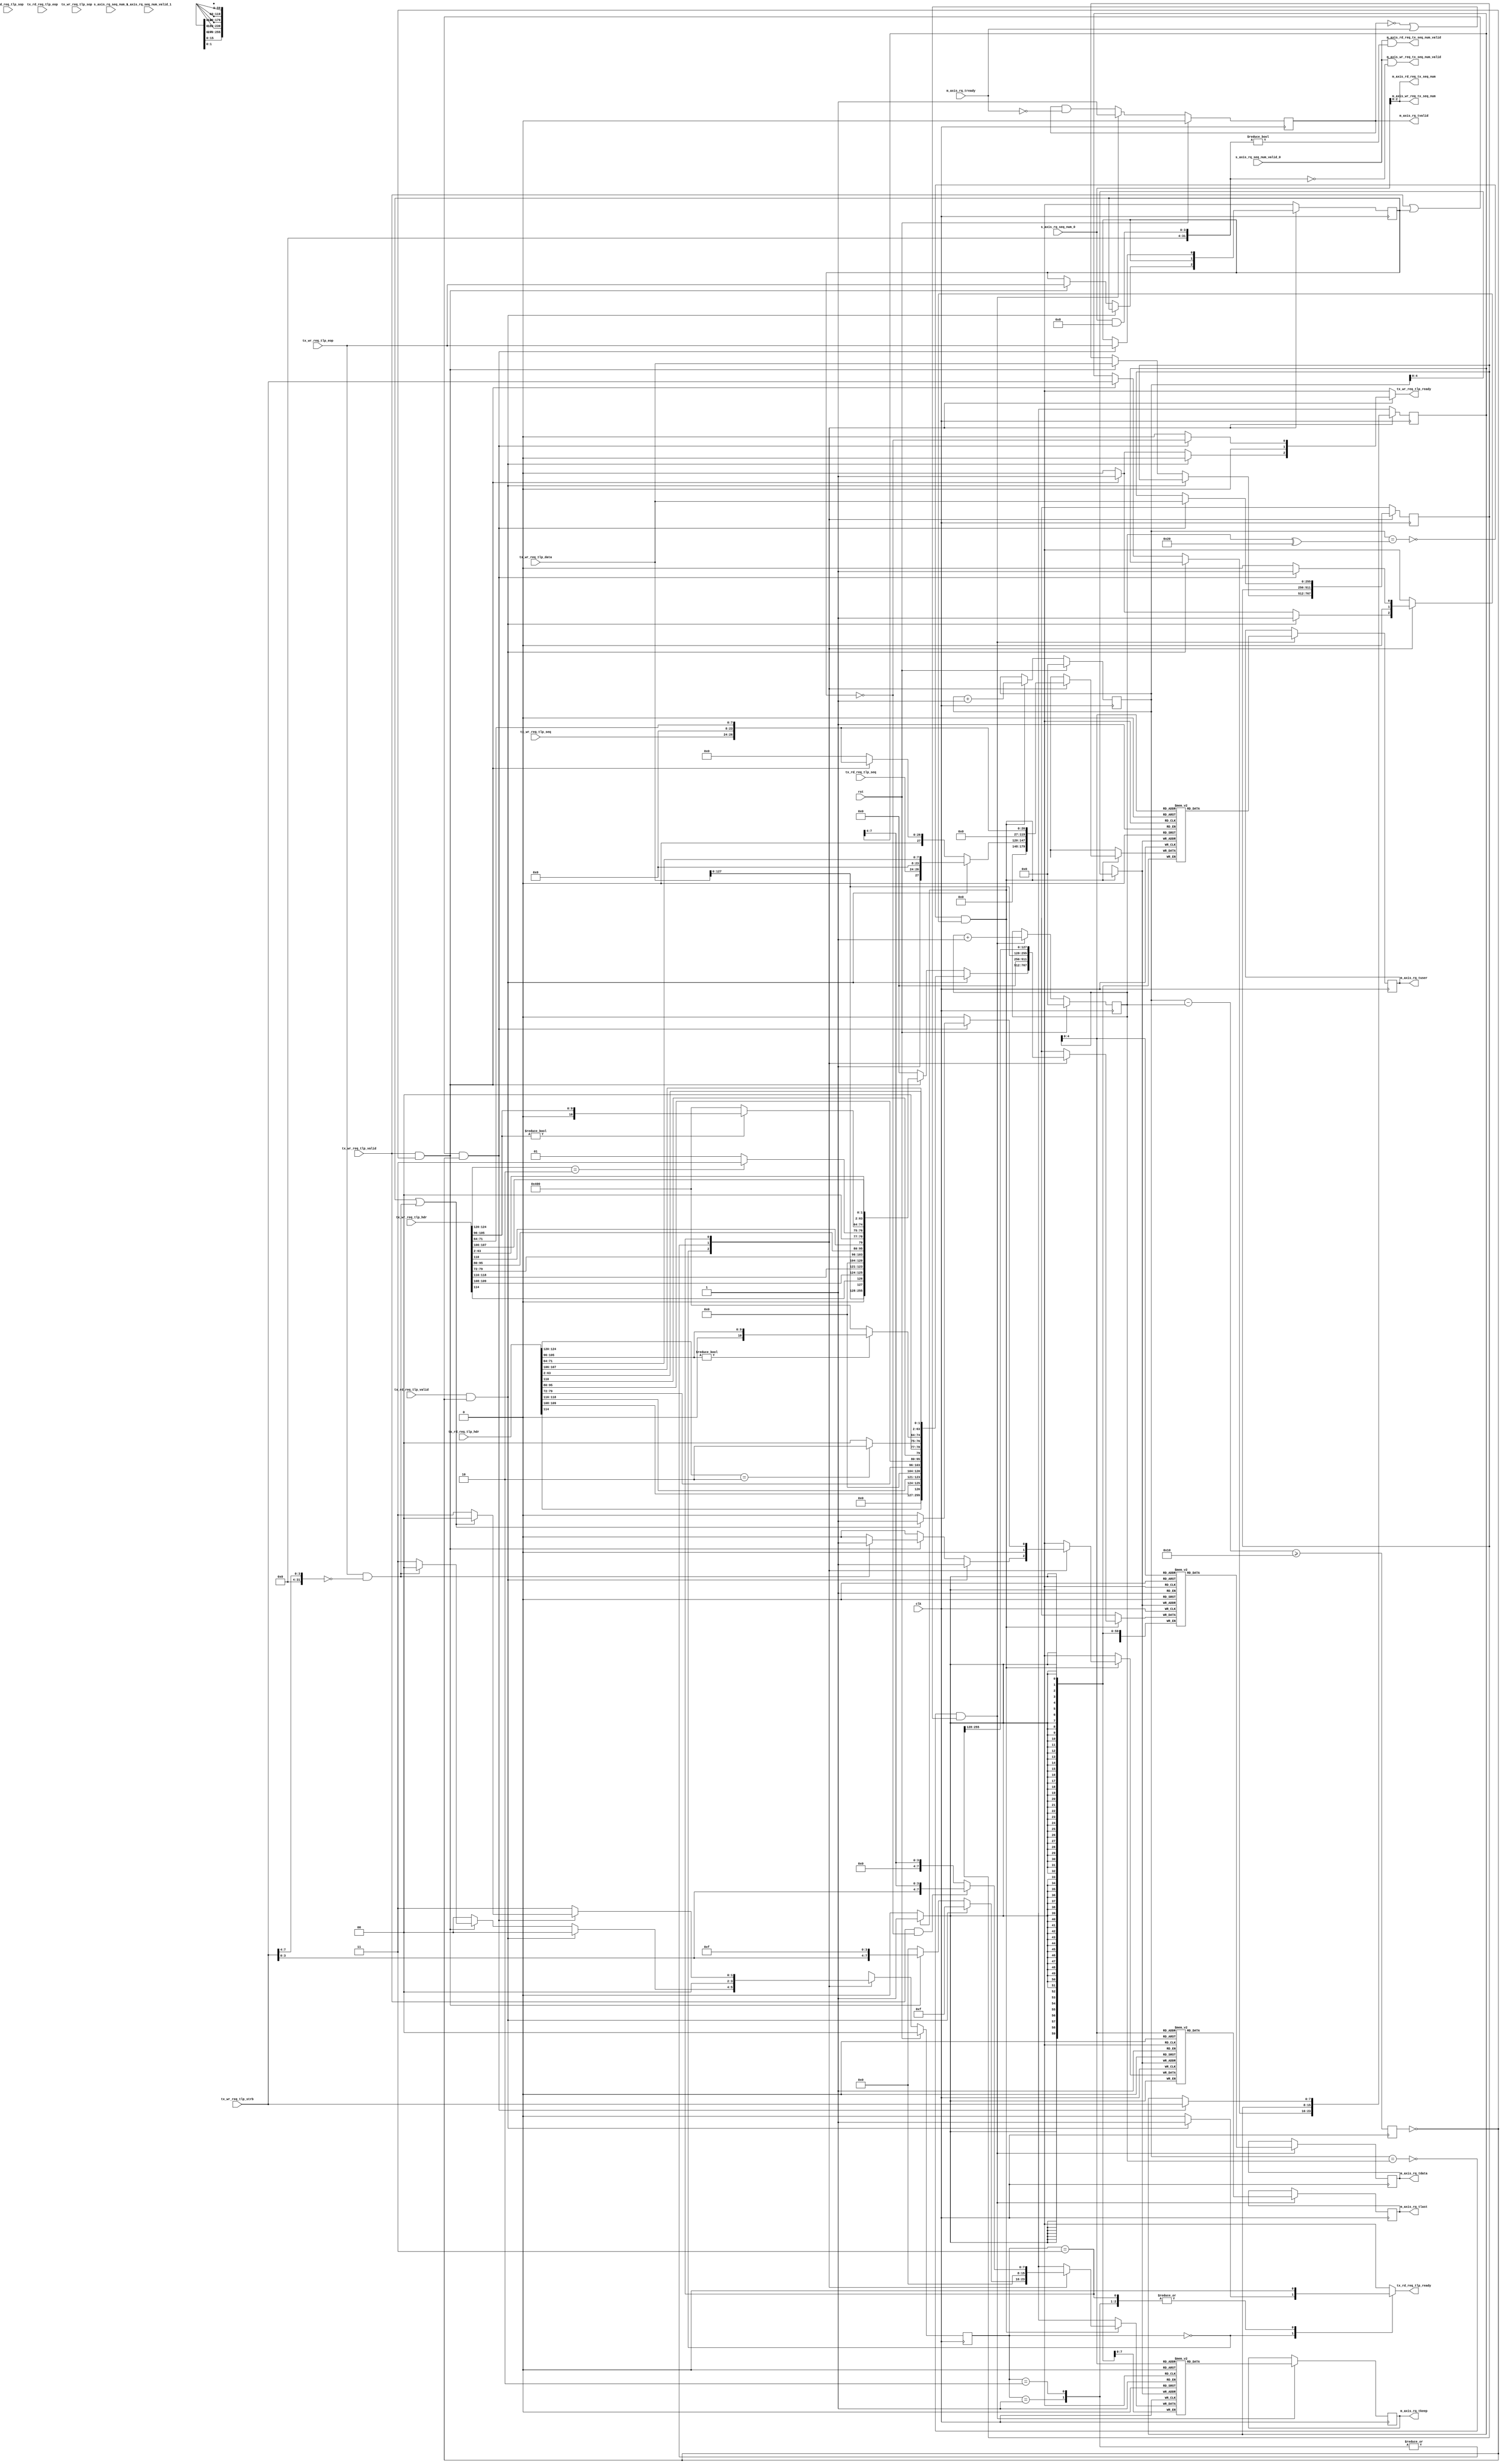
/*

Copyright (c) 2021 Alex Forencich

Permission is hereby granted, free of charge, to any person obtaining a copy
of this software and associated documentation files (the "Software"), to deal
in the Software without restriction, including without limitation the rights
to use, copy, modify, merge, publish, distribute, sublicense, and/or sell
copies of the Software, and to permit persons to whom the Software is
furnished to do so, subject to the following conditions:

The above copyright notice and this permission notice shall be included in
all copies or substantial portions of the Software.

THE SOFTWARE IS PROVIDED "AS IS", WITHOUT WARRANTY OF ANY KIND, EXPRESS OR
IMPLIED, INCLUDING BUT NOT LIMITED TO THE WARRANTIES OF MERCHANTABILITY
FITNESS FOR A PARTICULAR PURPOSE AND NONINFRINGEMENT. IN NO EVENT SHALL THE
AUTHORS OR COPYRIGHT HOLDERS BE LIABLE FOR ANY CLAIM, DAMAGES OR OTHER
LIABILITY, WHETHER IN AN ACTION OF CONTRACT, TORT OR OTHERWISE, ARISING FROM,
OUT OF OR IN CONNECTION WITH THE SOFTWARE OR THE USE OR OTHER DEALINGS IN
THE SOFTWARE.

*/

// Language: Verilog 2001

`resetall
`timescale 1ns / 1ps
`default_nettype none

/*
 * Xilinx UltraScale PCIe interface adapter (Requester reQuest)
 */
module pcie_us_if_rq #
(
    // Width of PCIe AXI stream interfaces in bits
    parameter AXIS_PCIE_DATA_WIDTH = 256,
    // PCIe AXI stream tkeep signal width (words per cycle)
    parameter AXIS_PCIE_KEEP_WIDTH = (AXIS_PCIE_DATA_WIDTH/32),
    // PCIe AXI stream RQ tuser signal width
    parameter AXIS_PCIE_RQ_USER_WIDTH = AXIS_PCIE_DATA_WIDTH < 512 ? 60 : 137,
    // RQ sequence number width
    parameter RQ_SEQ_NUM_WIDTH = AXIS_PCIE_RQ_USER_WIDTH == 60 ? 4 : 6,
    // TLP segment count
    parameter TLP_SEG_COUNT = 1,
    // TLP segment data width
    parameter TLP_SEG_DATA_WIDTH = AXIS_PCIE_DATA_WIDTH/TLP_SEG_COUNT,
    // TLP segment strobe width
    parameter TLP_SEG_STRB_WIDTH = TLP_SEG_DATA_WIDTH/32,
    // TLP segment header width
    parameter TLP_SEG_HDR_WIDTH = 128,
    // TX sequence number count
    parameter TX_SEQ_NUM_COUNT = AXIS_PCIE_DATA_WIDTH < 512 ? 1 : 2,
    // TX sequence number width
    parameter TX_SEQ_NUM_WIDTH = RQ_SEQ_NUM_WIDTH-1
)
(
    input  wire                                          clk,
    input  wire                                          rst,

    /*
     * AXI output (RQ)
     */
    output wire [AXIS_PCIE_DATA_WIDTH-1:0]               m_axis_rq_tdata,
    output wire [AXIS_PCIE_KEEP_WIDTH-1:0]               m_axis_rq_tkeep,
    output wire                                          m_axis_rq_tvalid,
    input  wire                                          m_axis_rq_tready,
    output wire                                          m_axis_rq_tlast,
    output wire [AXIS_PCIE_RQ_USER_WIDTH-1:0]            m_axis_rq_tuser,

    /*
     * Transmit sequence number input
     */
    input  wire [RQ_SEQ_NUM_WIDTH-1:0]                   s_axis_rq_seq_num_0,
    input  wire                                          s_axis_rq_seq_num_valid_0,
    input  wire [RQ_SEQ_NUM_WIDTH-1:0]                   s_axis_rq_seq_num_1,
    input  wire                                          s_axis_rq_seq_num_valid_1,

    /*
     * TLP input (read request from DMA)
     */
    input  wire [TLP_SEG_COUNT*TLP_SEG_HDR_WIDTH-1:0]    tx_rd_req_tlp_hdr,
    input  wire [TLP_SEG_COUNT*TX_SEQ_NUM_WIDTH-1:0]     tx_rd_req_tlp_seq,
    input  wire [TLP_SEG_COUNT-1:0]                      tx_rd_req_tlp_valid,
    input  wire [TLP_SEG_COUNT-1:0]                      tx_rd_req_tlp_sop,
    input  wire [TLP_SEG_COUNT-1:0]                      tx_rd_req_tlp_eop,
    output wire                                          tx_rd_req_tlp_ready,

    /*
     * Transmit sequence number output (DMA read request)
     */
    output wire [TX_SEQ_NUM_COUNT*TX_SEQ_NUM_WIDTH-1:0]  m_axis_rd_req_tx_seq_num,
    output wire [TX_SEQ_NUM_COUNT-1:0]                   m_axis_rd_req_tx_seq_num_valid,

    /*
     * TLP input (write request from DMA)
     */
    input  wire [TLP_SEG_COUNT*TLP_SEG_DATA_WIDTH-1:0]   tx_wr_req_tlp_data,
    input  wire [TLP_SEG_COUNT*TLP_SEG_STRB_WIDTH-1:0]   tx_wr_req_tlp_strb,
    input  wire [TLP_SEG_COUNT*TLP_SEG_HDR_WIDTH-1:0]    tx_wr_req_tlp_hdr,
    input  wire [TLP_SEG_COUNT*TX_SEQ_NUM_WIDTH-1:0]     tx_wr_req_tlp_seq,
    input  wire [TLP_SEG_COUNT-1:0]                      tx_wr_req_tlp_valid,
    input  wire [TLP_SEG_COUNT-1:0]                      tx_wr_req_tlp_sop,
    input  wire [TLP_SEG_COUNT-1:0]                      tx_wr_req_tlp_eop,
    output wire                                          tx_wr_req_tlp_ready,

    /*
     * Transmit sequence number output (DMA write request)
     */
    output wire [TX_SEQ_NUM_COUNT*TX_SEQ_NUM_WIDTH-1:0]  m_axis_wr_req_tx_seq_num,
    output wire [TX_SEQ_NUM_COUNT-1:0]                   m_axis_wr_req_tx_seq_num_valid
);

parameter TLP_DATA_WIDTH = TLP_SEG_COUNT*TLP_SEG_DATA_WIDTH;
parameter TLP_STRB_WIDTH = TLP_SEG_COUNT*TLP_SEG_STRB_WIDTH;
parameter TLP_DATA_WIDTH_BYTES = TLP_DATA_WIDTH/8;
parameter TLP_DATA_WIDTH_DWORDS = TLP_DATA_WIDTH/32;

parameter SEQ_NUM_MASK = {RQ_SEQ_NUM_WIDTH-1{1'b1}};
parameter SEQ_NUM_FLAG = {1'b1, {RQ_SEQ_NUM_WIDTH-1{1'b0}}};

parameter OUTPUT_FIFO_ADDR_WIDTH = 5;

// bus width assertions
initial begin
    if (AXIS_PCIE_DATA_WIDTH != 64 && AXIS_PCIE_DATA_WIDTH != 128 && AXIS_PCIE_DATA_WIDTH != 256 && AXIS_PCIE_DATA_WIDTH != 512) begin
        $error("Error: PCIe interface width must be 64, 128, 256, or 512 (instance %m)");
        $finish;
    end

    if (AXIS_PCIE_KEEP_WIDTH * 32 != AXIS_PCIE_DATA_WIDTH) begin
        $error("Error: PCIe interface requires dword (32-bit) granularity (instance %m)");
        $finish;
    end

    if (AXIS_PCIE_DATA_WIDTH == 512) begin
        if (AXIS_PCIE_RQ_USER_WIDTH != 137) begin
            $error("Error: PCIe RQ tuser width must be 137 (instance %m)");
            $finish;
        end

        if (TX_SEQ_NUM_COUNT != 2) begin
            $error("Error: TX sequence number count must be 2 (instance %m)");
            $finish;
        end
    end else begin
        if (AXIS_PCIE_RQ_USER_WIDTH != 60 && AXIS_PCIE_RQ_USER_WIDTH != 62) begin
            $error("Error: PCIe RQ tuser width must be 60 or 62 (instance %m)");
            $finish;
        end

        if (TX_SEQ_NUM_COUNT != 1) begin
            $error("Error: TX sequence number count must be 1 (instance %m)");
            $finish;
        end
    end

    if (AXIS_PCIE_RQ_USER_WIDTH == 60) begin
        if (RQ_SEQ_NUM_WIDTH != 4) begin
            $error("Error: RQ sequence number width must be 4 (instance %m)");
            $finish;
        end
    end else begin
        if (RQ_SEQ_NUM_WIDTH != 6) begin
            $error("Error: RQ sequence number width must be 6 (instance %m)");
            $finish;
        end
    end

    if (TLP_SEG_COUNT != 1) begin
        $error("Error: TLP segment count must be 1 (instance %m)");
        $finish;
    end

    if (TLP_SEG_COUNT*TLP_SEG_DATA_WIDTH != AXIS_PCIE_DATA_WIDTH) begin
        $error("Error: Interface widths must match (instance %m)");
        $finish;
    end

    if (TLP_SEG_HDR_WIDTH != 128) begin
        $error("Error: TLP segment header width must be 128 (instance %m)");
        $finish;
    end

    if (TX_SEQ_NUM_WIDTH > RQ_SEQ_NUM_WIDTH-1) begin
        $error("Error: TX sequence number width must be less than RQ_SEQ_NUM_WIDTH (instance %m)");
        $finish;
    end
end

localparam [3:0]
    REQ_MEM_READ = 4'b0000,
    REQ_MEM_WRITE = 4'b0001,
    REQ_IO_READ = 4'b0010,
    REQ_IO_WRITE = 4'b0011,
    REQ_MEM_FETCH_ADD = 4'b0100,
    REQ_MEM_SWAP = 4'b0101,
    REQ_MEM_CAS = 4'b0110,
    REQ_MEM_READ_LOCKED = 4'b0111,
    REQ_CFG_READ_0 = 4'b1000,
    REQ_CFG_READ_1 = 4'b1001,
    REQ_CFG_WRITE_0 = 4'b1010,
    REQ_CFG_WRITE_1 = 4'b1011,
    REQ_MSG = 4'b1100,
    REQ_MSG_VENDOR = 4'b1101,
    REQ_MSG_ATS = 4'b1110;

reg tx_rd_req_tlp_ready_cmb;

wire [TLP_SEG_COUNT*RQ_SEQ_NUM_WIDTH-1:0] tx_rd_req_tlp_seq_int = {1'b1, tx_rd_req_tlp_seq};

reg tx_wr_req_tlp_ready_cmb;

wire [TLP_SEG_COUNT*RQ_SEQ_NUM_WIDTH-1:0] tx_wr_req_tlp_seq_int = {1'b0, tx_wr_req_tlp_seq};

assign tx_rd_req_tlp_ready = tx_rd_req_tlp_ready_cmb;

assign tx_wr_req_tlp_ready = tx_wr_req_tlp_ready_cmb;

generate

assign m_axis_rd_req_tx_seq_num[TX_SEQ_NUM_WIDTH*0 +: TX_SEQ_NUM_WIDTH] = s_axis_rq_seq_num_0;
assign m_axis_rd_req_tx_seq_num_valid[0] = s_axis_rq_seq_num_valid_0 && ((s_axis_rq_seq_num_0 & SEQ_NUM_FLAG) != 0);

if (TX_SEQ_NUM_COUNT > 1) begin
    assign m_axis_rd_req_tx_seq_num[TX_SEQ_NUM_WIDTH*1 +: TX_SEQ_NUM_WIDTH] = s_axis_rq_seq_num_1;
    assign m_axis_rd_req_tx_seq_num_valid[1] = s_axis_rq_seq_num_valid_1 && ((s_axis_rq_seq_num_1 & SEQ_NUM_FLAG) != 0);
end

assign m_axis_wr_req_tx_seq_num[TX_SEQ_NUM_WIDTH*0 +: TX_SEQ_NUM_WIDTH] = s_axis_rq_seq_num_0;
assign m_axis_wr_req_tx_seq_num_valid[0] = s_axis_rq_seq_num_valid_0 && ((s_axis_rq_seq_num_0 & SEQ_NUM_FLAG) == 0);

if (TX_SEQ_NUM_COUNT > 1) begin
    assign m_axis_wr_req_tx_seq_num[TX_SEQ_NUM_WIDTH*1 +: TX_SEQ_NUM_WIDTH] = s_axis_rq_seq_num_1;
    assign m_axis_wr_req_tx_seq_num_valid[1] = s_axis_rq_seq_num_valid_1 && ((s_axis_rq_seq_num_1 & SEQ_NUM_FLAG) == 0);
end

endgenerate

localparam [1:0]
    TLP_OUTPUT_STATE_IDLE = 2'd0,
    TLP_OUTPUT_STATE_RD_HEADER = 2'd1,
    TLP_OUTPUT_STATE_WR_HEADER = 2'd2,
    TLP_OUTPUT_STATE_WR_PAYLOAD = 2'd3;

reg [1:0] tlp_output_state_reg = TLP_OUTPUT_STATE_IDLE, tlp_output_state_next;

reg [TLP_SEG_COUNT*TLP_SEG_DATA_WIDTH-1:0] out_tlp_data_reg = 0, out_tlp_data_next;
reg [TLP_SEG_COUNT*TLP_SEG_STRB_WIDTH-1:0] out_tlp_strb_reg = 0, out_tlp_strb_next;
reg [TLP_SEG_COUNT-1:0] out_tlp_eop_reg = 0, out_tlp_eop_next;

reg [127:0] tlp_header_data_rd;
reg [AXIS_PCIE_RQ_USER_WIDTH-1:0] tlp_tuser_rd;
reg [127:0] tlp_header_data_wr;
reg [AXIS_PCIE_RQ_USER_WIDTH-1:0] tlp_tuser_wr;

reg  [AXIS_PCIE_DATA_WIDTH-1:0]    m_axis_rq_tdata_int = 0;
reg  [AXIS_PCIE_KEEP_WIDTH-1:0]    m_axis_rq_tkeep_int = 0;
reg                                m_axis_rq_tvalid_int = 0;
wire                               m_axis_rq_tready_int;
reg                                m_axis_rq_tlast_int = 0;
reg  [AXIS_PCIE_RQ_USER_WIDTH-1:0] m_axis_rq_tuser_int = 0;

always @* begin
    tlp_output_state_next = TLP_OUTPUT_STATE_IDLE;

    out_tlp_data_next = out_tlp_data_reg;
    out_tlp_strb_next = out_tlp_strb_reg;
    out_tlp_eop_next = out_tlp_eop_reg;

    tx_rd_req_tlp_ready_cmb = 1'b0;
    tx_wr_req_tlp_ready_cmb = 1'b0;

    // TLP header and sideband data
    tlp_header_data_rd[1:0] = tx_rd_req_tlp_hdr[107:106]; // address type
    tlp_header_data_rd[63:2] = tx_rd_req_tlp_hdr[63:2]; // address
    tlp_header_data_rd[74:64] = (tx_rd_req_tlp_hdr[105:96] != 0) ? tx_rd_req_tlp_hdr[105:96] : 11'd1024; // DWORD count
    if (tx_rd_req_tlp_hdr[124:120] == 5'h02) begin
        tlp_header_data_rd[78:75] = REQ_IO_READ; // request type - IO read
    end else begin
        tlp_header_data_rd[78:75] = REQ_MEM_READ; // request type - memory read
    end
    tlp_header_data_rd[79] = tx_rd_req_tlp_hdr[110]; // poisoned request
    tlp_header_data_rd[95:80] = tx_rd_req_tlp_hdr[95:80]; // requester ID
    tlp_header_data_rd[103:96] = tx_rd_req_tlp_hdr[79:72]; // tag
    tlp_header_data_rd[119:104] = 16'd0; // completer ID
    tlp_header_data_rd[120] = 1'b0; // requester ID enable
    tlp_header_data_rd[123:121] = tx_rd_req_tlp_hdr[118:116]; // traffic class
    tlp_header_data_rd[126:124] = {tx_rd_req_tlp_hdr[114], tx_rd_req_tlp_hdr[109:108]}; // attr
    tlp_header_data_rd[127] = 1'b0; // force ECRC

    if (AXIS_PCIE_DATA_WIDTH == 512) begin
        tlp_tuser_rd[3:0] = tx_rd_req_tlp_hdr[67:64]; // first BE 0
        tlp_tuser_rd[7:4] = 4'd0; // first BE 1
        tlp_tuser_rd[11:8] = tx_rd_req_tlp_hdr[71:68]; // last BE 0
        tlp_tuser_rd[15:12] = 4'd0; // last BE 1
        tlp_tuser_rd[19:16] = 3'd0; // addr_offset
        tlp_tuser_rd[21:20] = 2'b01; // is_sop
        tlp_tuser_rd[23:22] = 2'd0; // is_sop0_ptr
        tlp_tuser_rd[25:24] = 2'd0; // is_sop1_ptr
        tlp_tuser_rd[27:26] = 2'b01; // is_eop
        tlp_tuser_rd[31:28]  = 4'd3; // is_eop0_ptr
        tlp_tuser_rd[35:32] = 4'd0; // is_eop1_ptr
        tlp_tuser_rd[36] = 1'b0; // discontinue
        tlp_tuser_rd[38:37] = 2'b00; // tph_present
        tlp_tuser_rd[42:39] = 4'b0000; // tph_type
        tlp_tuser_rd[44:43] = 2'b00; // tph_indirect_tag_en
        tlp_tuser_rd[60:45] = 16'd0; // tph_st_tag
        tlp_tuser_rd[66:61] = tx_rd_req_tlp_seq_int; // seq_num0
        tlp_tuser_rd[72:67] = 6'd0; // seq_num1
        tlp_tuser_rd[136:73] = 64'd0; // parity
    end else begin
        tlp_tuser_rd[3:0] = tx_rd_req_tlp_hdr[67:64]; // first BE
        tlp_tuser_rd[7:4] = tx_rd_req_tlp_hdr[71:68]; // last BE
        tlp_tuser_rd[10:8] = 3'd0; // addr_offset
        tlp_tuser_rd[11] = 1'b0; // discontinue
        tlp_tuser_rd[12] = 1'b0; // tph_present
        tlp_tuser_rd[14:13] = 2'b00; // tph_type
        tlp_tuser_rd[15] = 1'b0; // tph_indirect_tag_en
        tlp_tuser_rd[23:16] = 8'd0; // tph_st_tag
        tlp_tuser_rd[27:24] = tx_rd_req_tlp_seq_int; // seq_num
        tlp_tuser_rd[59:28] = 32'd0; // parity
        if (AXIS_PCIE_RQ_USER_WIDTH == 62) begin
            tlp_tuser_rd[61:60] = tx_rd_req_tlp_seq_int >> 4; // seq_num
        end
    end

    tlp_header_data_wr[1:0] = tx_wr_req_tlp_hdr[107:106]; // address type
    tlp_header_data_wr[63:2] = tx_wr_req_tlp_hdr[63:2]; // address
    tlp_header_data_wr[74:64] = (tx_wr_req_tlp_hdr[105:96] != 0) ? tx_wr_req_tlp_hdr[105:96] : 11'd1024; // DWORD count
    if (tx_wr_req_tlp_hdr[124:120] == 5'h02) begin
        tlp_header_data_wr[78:75] = REQ_IO_WRITE; // request type - IO write
    end else begin
        tlp_header_data_wr[78:75] = REQ_MEM_WRITE; // request type - memory write
    end
    tlp_header_data_wr[79] = tx_wr_req_tlp_hdr[110]; // poisoned request
    tlp_header_data_wr[95:80] = tx_wr_req_tlp_hdr[95:80]; // requester ID
    tlp_header_data_wr[103:96] = tx_wr_req_tlp_hdr[79:72]; // tag
    tlp_header_data_wr[119:104] = 16'd0; // completer ID
    tlp_header_data_wr[120] = 1'b0; // requester ID enable
    tlp_header_data_wr[123:121] = tx_wr_req_tlp_hdr[118:116]; // traffic class
    tlp_header_data_wr[126:124] = {tx_wr_req_tlp_hdr[114], tx_wr_req_tlp_hdr[109:108]}; // attr
    tlp_header_data_wr[127] = 1'b0; // force ECRC

    if (AXIS_PCIE_DATA_WIDTH == 512) begin
        tlp_tuser_wr[3:0] = tx_wr_req_tlp_hdr[67:64]; // first BE 0
        tlp_tuser_wr[7:4] = 4'd0; // first BE 1
        tlp_tuser_wr[11:8] = tx_wr_req_tlp_hdr[71:68]; // last BE 0
        tlp_tuser_wr[15:12] = 4'd0; // last BE 1
        tlp_tuser_wr[19:16] = 3'd0; // addr_offset
        tlp_tuser_wr[21:20] = 2'b01; // is_sop
        tlp_tuser_wr[23:22] = 2'd0; // is_sop0_ptr
        tlp_tuser_wr[25:24] = 2'd0; // is_sop1_ptr
        tlp_tuser_wr[27:26] = 2'b01; // is_eop
        tlp_tuser_wr[31:28]  = 4'd3; // is_eop0_ptr
        tlp_tuser_wr[35:32] = 4'd0; // is_eop1_ptr
        tlp_tuser_wr[36] = 1'b0; // discontinue
        tlp_tuser_wr[38:37] = 2'b00; // tph_present
        tlp_tuser_wr[42:39] = 4'b0000; // tph_type
        tlp_tuser_wr[44:43] = 2'b00; // tph_indirect_tag_en
        tlp_tuser_wr[60:45] = 16'd0; // tph_st_tag
        tlp_tuser_wr[66:61] = tx_wr_req_tlp_seq_int; // seq_num0
        tlp_tuser_wr[72:67] = 6'd0; // seq_num1
        tlp_tuser_wr[136:73] = 64'd0; // parity
    end else begin
        tlp_tuser_wr[3:0] = tx_wr_req_tlp_hdr[67:64]; // first BE
        tlp_tuser_wr[7:4] = tx_wr_req_tlp_hdr[71:68]; // last BE
        tlp_tuser_wr[10:8] = 3'd0; // addr_offset
        tlp_tuser_wr[11] = 1'b0; // discontinue
        tlp_tuser_wr[12] = 1'b0; // tph_present
        tlp_tuser_wr[14:13] = 2'b00; // tph_type
        tlp_tuser_wr[15] = 1'b0; // tph_indirect_tag_en
        tlp_tuser_wr[23:16] = 8'd0; // tph_st_tag
        tlp_tuser_wr[27:24] = tx_wr_req_tlp_seq_int; // seq_num
        tlp_tuser_wr[59:28] = 32'd0; // parity
        if (AXIS_PCIE_RQ_USER_WIDTH == 62) begin
            tlp_tuser_wr[61:60] = tx_wr_req_tlp_seq_int >> 4; // seq_num
        end
    end

    // TLP output
    m_axis_rq_tdata_int = 0;
    m_axis_rq_tkeep_int = 0;
    m_axis_rq_tvalid_int = 1'b0;
    m_axis_rq_tlast_int = 1'b0;
    m_axis_rq_tuser_int = 0;

    // combine header and payload, merge in read request TLPs
    case (tlp_output_state_reg)
        TLP_OUTPUT_STATE_IDLE: begin
            // idle state

            if (tx_rd_req_tlp_valid && m_axis_rq_tready_int) begin
                if (AXIS_PCIE_DATA_WIDTH == 64) begin
                    // 64 bit interface, send first half of header (read request)
                    m_axis_rq_tdata_int = tlp_header_data_rd[63:0];
                    m_axis_rq_tkeep_int = 2'b11;
                    m_axis_rq_tvalid_int = 1'b1;
                    m_axis_rq_tlast_int = 1'b0;
                    m_axis_rq_tuser_int = tlp_tuser_rd;

                    tlp_output_state_next = TLP_OUTPUT_STATE_RD_HEADER;
                end else begin
                    // wider interface, send complete header (read request)
                    m_axis_rq_tdata_int = tlp_header_data_rd;
                    m_axis_rq_tkeep_int = 4'b1111;
                    m_axis_rq_tvalid_int = 1'b1;
                    m_axis_rq_tlast_int = 1'b1;
                    m_axis_rq_tuser_int = tlp_tuser_rd;

                    tx_rd_req_tlp_ready_cmb = 1'b1;
                    tlp_output_state_next = TLP_OUTPUT_STATE_IDLE;
                end
            end else if (tx_wr_req_tlp_valid && m_axis_rq_tready_int) begin
                if (AXIS_PCIE_DATA_WIDTH == 64) begin
                    // 64 bit interface, send first half of header (write request)
                    m_axis_rq_tdata_int = tlp_header_data_wr[63:0];
                    m_axis_rq_tkeep_int = 2'b11;
                    m_axis_rq_tvalid_int = 1'b1;
                    m_axis_rq_tlast_int = 1'b0;
                    m_axis_rq_tuser_int = tlp_tuser_wr;

                    tlp_output_state_next = TLP_OUTPUT_STATE_WR_HEADER;
                end else if (AXIS_PCIE_DATA_WIDTH == 128) begin
                    // 128 bit interface, send complete header (write request)
                    m_axis_rq_tdata_int = tlp_header_data_wr;
                    m_axis_rq_tkeep_int = 4'b1111;
                    m_axis_rq_tvalid_int = 1'b1;
                    m_axis_rq_tlast_int = 1'b0;
                    m_axis_rq_tuser_int = tlp_tuser_wr;

                    tlp_output_state_next = TLP_OUTPUT_STATE_WR_PAYLOAD;
                end else begin
                    // wider interface, send header and start of payload (write request)
                    m_axis_rq_tdata_int = {tx_wr_req_tlp_data, tlp_header_data_wr};
                    m_axis_rq_tkeep_int = {tx_wr_req_tlp_strb, 4'b1111};
                    m_axis_rq_tvalid_int = 1'b1;
                    m_axis_rq_tlast_int = 1'b0;
                    m_axis_rq_tuser_int = tlp_tuser_wr;

                    tx_wr_req_tlp_ready_cmb = 1'b1;

                    out_tlp_data_next = tx_wr_req_tlp_data;
                    out_tlp_strb_next = tx_wr_req_tlp_strb;
                    out_tlp_eop_next = tx_wr_req_tlp_eop;

                    if (tx_wr_req_tlp_eop && ((tx_wr_req_tlp_strb >> (TLP_DATA_WIDTH_DWORDS-4)) == 0)) begin
                        m_axis_rq_tlast_int = 1'b1;
                        tlp_output_state_next = TLP_OUTPUT_STATE_IDLE;
                    end else begin
                        tlp_output_state_next = TLP_OUTPUT_STATE_WR_PAYLOAD;
                    end
                end
            end else begin
                tlp_output_state_next = TLP_OUTPUT_STATE_IDLE;
            end
        end
        TLP_OUTPUT_STATE_RD_HEADER: begin
            // second cycle of header (read request) (64 bit interface width only)
            if (AXIS_PCIE_DATA_WIDTH == 64) begin
                m_axis_rq_tdata_int = tlp_header_data_rd[127:64];
                m_axis_rq_tkeep_int = 2'b11;
                m_axis_rq_tlast_int = 1'b1;
                m_axis_rq_tuser_int = tlp_tuser_rd;

                if (tx_rd_req_tlp_valid && m_axis_rq_tready_int) begin
                    m_axis_rq_tvalid_int = 1'b1;

                    tx_rd_req_tlp_ready_cmb = 1'b1;
                    tlp_output_state_next = TLP_OUTPUT_STATE_IDLE;
                end else begin
                    tlp_output_state_next = TLP_OUTPUT_STATE_RD_HEADER;
                end
            end
        end
        TLP_OUTPUT_STATE_WR_HEADER: begin
            // second cycle of header (write request) (64 bit interface width only)
            if (AXIS_PCIE_DATA_WIDTH == 64) begin
                m_axis_rq_tdata_int = tlp_header_data_wr[127:64];
                m_axis_rq_tkeep_int = 2'b11;
                m_axis_rq_tlast_int = 1'b0;
                m_axis_rq_tuser_int = tlp_tuser_wr;

                if (tx_wr_req_tlp_valid && m_axis_rq_tready_int) begin
                    m_axis_rq_tvalid_int = 1'b1;

                    tlp_output_state_next = TLP_OUTPUT_STATE_WR_PAYLOAD;
                end else begin
                    tlp_output_state_next = TLP_OUTPUT_STATE_WR_HEADER;
                end
            end
        end
        TLP_OUTPUT_STATE_WR_PAYLOAD: begin
            // transfer payload (write request)
            if (AXIS_PCIE_DATA_WIDTH >= 256) begin
                m_axis_rq_tdata_int = {tx_wr_req_tlp_data, out_tlp_data_reg[TLP_DATA_WIDTH-1:TLP_DATA_WIDTH-128]};
                if (tx_wr_req_tlp_valid && !out_tlp_eop_reg) begin
                    m_axis_rq_tkeep_int = {tx_wr_req_tlp_strb, out_tlp_strb_reg[TLP_STRB_WIDTH-1:TLP_DATA_WIDTH_DWORDS-4]};
                end else begin
                    m_axis_rq_tkeep_int = out_tlp_strb_reg[TLP_STRB_WIDTH-1:TLP_DATA_WIDTH_DWORDS-4];
                end
                m_axis_rq_tlast_int = 1'b0;
                m_axis_rq_tuser_int = tlp_tuser_wr;

                if ((tx_wr_req_tlp_valid || out_tlp_eop_reg) && m_axis_rq_tready_int) begin
                    m_axis_rq_tvalid_int = 1'b1;
                    tx_wr_req_tlp_ready_cmb = !out_tlp_eop_reg;

                    out_tlp_data_next = tx_wr_req_tlp_data;
                    out_tlp_strb_next = tx_wr_req_tlp_strb;
                    out_tlp_eop_next = tx_wr_req_tlp_eop;

                    if (out_tlp_eop_reg || (tx_wr_req_tlp_eop && ((tx_wr_req_tlp_strb >> (TLP_DATA_WIDTH_DWORDS-4)) == 0))) begin
                        m_axis_rq_tlast_int = 1'b1;
                        tlp_output_state_next = TLP_OUTPUT_STATE_IDLE;
                    end else begin
                        tlp_output_state_next = TLP_OUTPUT_STATE_WR_PAYLOAD;
                    end
                end else begin
                    tlp_output_state_next = TLP_OUTPUT_STATE_WR_PAYLOAD;
                end
            end else begin
                m_axis_rq_tdata_int = tx_wr_req_tlp_data;
                m_axis_rq_tkeep_int = tx_wr_req_tlp_strb;
                m_axis_rq_tlast_int = 1'b0;
                m_axis_rq_tuser_int = tlp_tuser_wr;

                if (tx_wr_req_tlp_valid && m_axis_rq_tready_int) begin
                    m_axis_rq_tvalid_int = 1'b1;
                    tx_wr_req_tlp_ready_cmb = 1'b1;
                        
                    if (tx_wr_req_tlp_eop) begin
                        m_axis_rq_tlast_int = 1'b1;
                        tlp_output_state_next = TLP_OUTPUT_STATE_IDLE;
                    end else begin
                        tlp_output_state_next = TLP_OUTPUT_STATE_WR_PAYLOAD;
                    end
                end else begin
                    tlp_output_state_next = TLP_OUTPUT_STATE_WR_PAYLOAD;
                end
            end
        end
    endcase
end

always @(posedge clk) begin
    tlp_output_state_reg <= tlp_output_state_next;

    out_tlp_data_reg <= out_tlp_data_next;
    out_tlp_strb_reg <= out_tlp_strb_next;
    out_tlp_eop_reg <= out_tlp_eop_next;

    if (rst) begin
        tlp_output_state_reg <= TLP_OUTPUT_STATE_IDLE;
    end
end

// output datapath logic (PCIe TLP)
reg [AXIS_PCIE_DATA_WIDTH-1:0]    m_axis_rq_tdata_reg = {AXIS_PCIE_DATA_WIDTH{1'b0}};
reg [AXIS_PCIE_KEEP_WIDTH-1:0]    m_axis_rq_tkeep_reg = {AXIS_PCIE_KEEP_WIDTH{1'b0}};
reg                               m_axis_rq_tvalid_reg = 1'b0, m_axis_rq_tvalid_next;
reg                               m_axis_rq_tlast_reg = 1'b0;
reg [AXIS_PCIE_RQ_USER_WIDTH-1:0] m_axis_rq_tuser_reg = {AXIS_PCIE_RQ_USER_WIDTH{1'b0}};

reg [OUTPUT_FIFO_ADDR_WIDTH+1-1:0] out_fifo_wr_ptr_reg = 0;
reg [OUTPUT_FIFO_ADDR_WIDTH+1-1:0] out_fifo_rd_ptr_reg = 0;
reg out_fifo_half_full_reg = 1'b0;

wire out_fifo_full = out_fifo_wr_ptr_reg == (out_fifo_rd_ptr_reg ^ {1'b1, {OUTPUT_FIFO_ADDR_WIDTH{1'b0}}});
wire out_fifo_empty = out_fifo_wr_ptr_reg == out_fifo_rd_ptr_reg;

(* ram_style = "distributed" *)
reg [AXIS_PCIE_DATA_WIDTH-1:0]    out_fifo_tdata[2**OUTPUT_FIFO_ADDR_WIDTH-1:0];
(* ram_style = "distributed" *)
reg [AXIS_PCIE_KEEP_WIDTH-1:0]    out_fifo_tkeep[2**OUTPUT_FIFO_ADDR_WIDTH-1:0];
(* ram_style = "distributed" *)
reg                               out_fifo_tlast[2**OUTPUT_FIFO_ADDR_WIDTH-1:0];
(* ram_style = "distributed" *)
reg [AXIS_PCIE_RQ_USER_WIDTH-1:0] out_fifo_tuser[2**OUTPUT_FIFO_ADDR_WIDTH-1:0];

assign m_axis_rq_tready_int = !out_fifo_half_full_reg;

assign m_axis_rq_tdata = m_axis_rq_tdata_reg;
assign m_axis_rq_tkeep = m_axis_rq_tkeep_reg;
assign m_axis_rq_tvalid = m_axis_rq_tvalid_reg;
assign m_axis_rq_tlast = m_axis_rq_tlast_reg;
assign m_axis_rq_tuser = m_axis_rq_tuser_reg;

always @(posedge clk) begin
    m_axis_rq_tvalid_reg <= m_axis_rq_tvalid_reg && !m_axis_rq_tready;

    out_fifo_half_full_reg <= $unsigned(out_fifo_wr_ptr_reg - out_fifo_rd_ptr_reg) >= 2**(OUTPUT_FIFO_ADDR_WIDTH-1);

    if (!out_fifo_full && m_axis_rq_tvalid_int) begin
        out_fifo_tdata[out_fifo_wr_ptr_reg[OUTPUT_FIFO_ADDR_WIDTH-1:0]] <= m_axis_rq_tdata_int;
        out_fifo_tkeep[out_fifo_wr_ptr_reg[OUTPUT_FIFO_ADDR_WIDTH-1:0]] <= m_axis_rq_tkeep_int;
        out_fifo_tlast[out_fifo_wr_ptr_reg[OUTPUT_FIFO_ADDR_WIDTH-1:0]] <= m_axis_rq_tlast_int;
        out_fifo_tuser[out_fifo_wr_ptr_reg[OUTPUT_FIFO_ADDR_WIDTH-1:0]] <= m_axis_rq_tuser_int;
        out_fifo_wr_ptr_reg <= out_fifo_wr_ptr_reg + 1;
    end

    if (!out_fifo_empty && (!m_axis_rq_tvalid_reg || m_axis_rq_tready)) begin
        m_axis_rq_tdata_reg <= out_fifo_tdata[out_fifo_rd_ptr_reg[OUTPUT_FIFO_ADDR_WIDTH-1:0]];
        m_axis_rq_tkeep_reg <= out_fifo_tkeep[out_fifo_rd_ptr_reg[OUTPUT_FIFO_ADDR_WIDTH-1:0]];
        m_axis_rq_tvalid_reg <= 1'b1;
        m_axis_rq_tlast_reg <= out_fifo_tlast[out_fifo_rd_ptr_reg[OUTPUT_FIFO_ADDR_WIDTH-1:0]];
        m_axis_rq_tuser_reg <= out_fifo_tuser[out_fifo_rd_ptr_reg[OUTPUT_FIFO_ADDR_WIDTH-1:0]];
        out_fifo_rd_ptr_reg <= out_fifo_rd_ptr_reg + 1;
    end

    if (rst) begin
        out_fifo_wr_ptr_reg <= 0;
        out_fifo_rd_ptr_reg <= 0;
        m_axis_rq_tvalid_reg <= 1'b0;
    end
end

endmodule

`resetall